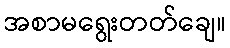
အစာမရွေးတတ်ချေ။